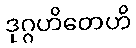
ဒုဂ္ဂဟိတေဟိ